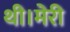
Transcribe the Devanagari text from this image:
थी।मेरी